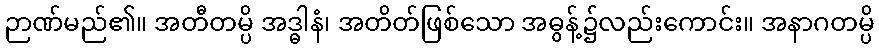
ဉာဏ်မည်၏။ အတီတမ္ပိ အဒ္ဓါနံ၊ အတိတ်ဖြစ်သော အဓွန့်၌လည်းကောင်း။ အနာဂတမ္ပိ